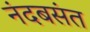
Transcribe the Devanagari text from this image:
नंदबसंत